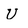
Character: U